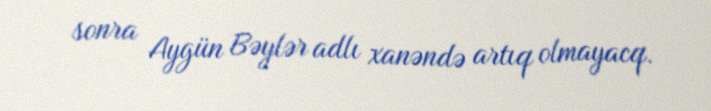
sonra Aygün Bəylər adlı xanəndə artıq olmayacq.